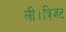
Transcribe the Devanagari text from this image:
ली।त्रिजट